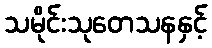
သမိုင်းသုတေသနနှင့်